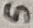
Text: 5